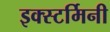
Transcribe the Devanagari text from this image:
इक्स्टर्मिनी